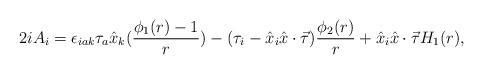
LaTeX: \begin{align*}2iA_i=\epsilon_{iak}\tau_a\hat{x}_k(\frac{\phi_1(r)-1}{r}) -(\tau_i-\hat{x}_i\hat{x} \cdot\vec{\tau})\frac{\phi_2(r)}{r}+\hat{x}_i\hat{x}\cdot \vec{\tau}H_1(r),\end{align*}